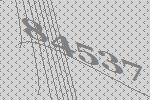
84537